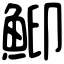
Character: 鮣